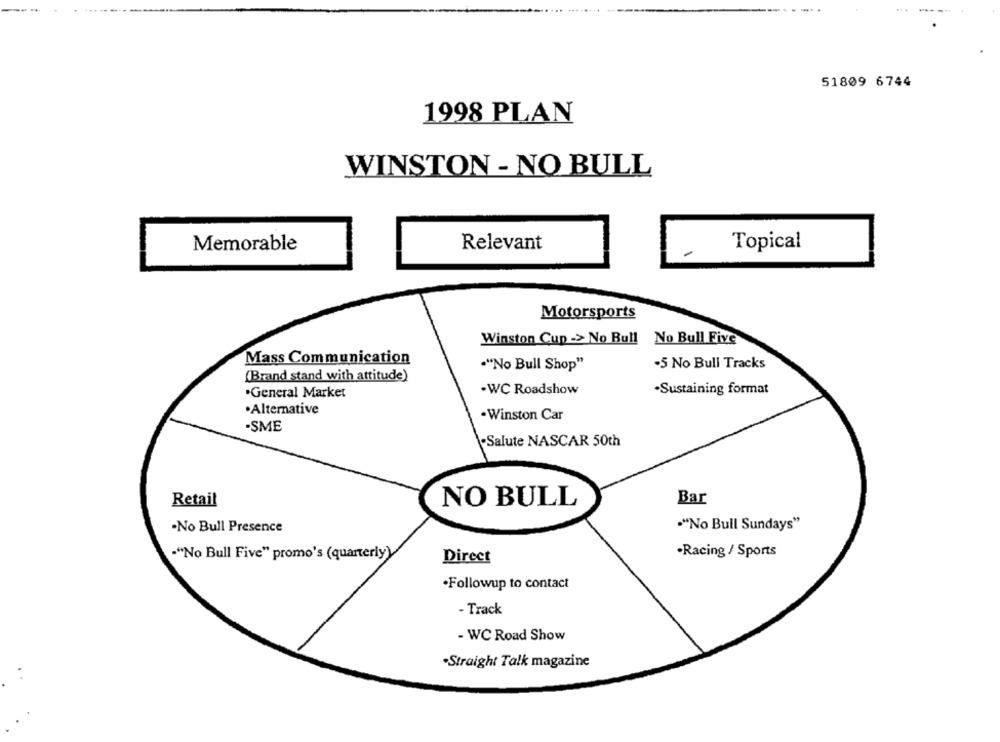
.. .
51809 6744
1998 PLAN
WINSTON - NO BULL
Memorable
Relevant
Topical
Motorsports
Winston Cup -> No Bull No Bull Five
Mass Communication
""No Bull Shop"
-5 No Bull Tracks
(Brand stand with attitude)
.General Market
-WC Roadshow
·Sustaining format
·Alternative
.Winston Car
-SME
.Salute NASCAR 50th
Retail
NO BULL
Bar
""No Bull Sundays"
-No Bull Presence
."No Bull Five" promo's (quarterly)
·Racing / Sports
Direct
·Followup to contact
- Track
- WC Road Show
.Straight Talk magazine